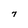
Character: 7